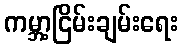
ကမ္ဘာ့ငြိမ်းချမ်းရေး